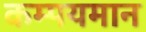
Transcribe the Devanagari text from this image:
कम्पयमान